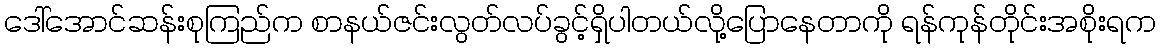
ဒေါ်အောင်ဆန်းစုကြည်က စာနယ်ဇင်းလွတ်လပ်ခွင့်ရှိပါတယ်လို့ပြောနေတာကို ရန်ကုန်တိုင်းအစိုးရက